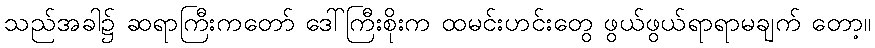
သည်အခါ၌ ဆရာကြီးကတော် ဒေါ်ကြီးစိုးက ထမင်းဟင်းတွေ ဖွယ်ဖွယ်ရာရာမချက် တော့။